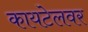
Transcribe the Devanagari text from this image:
कायटेलवर